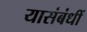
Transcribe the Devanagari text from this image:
यासंबंधीं